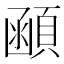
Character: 顄